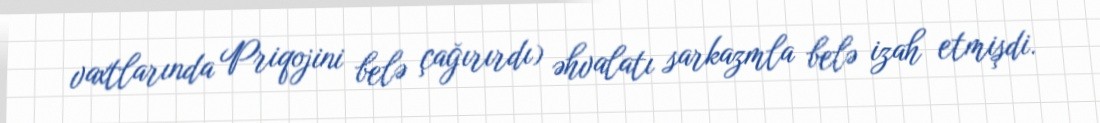
vaxtlarında Priqojini belə çağırırdı) əhvalatı sarkazmla belə izah etmişdi.